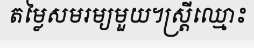
តម្លៃសមរម្យមួយ។ស្ត្រីឈ្មោះ